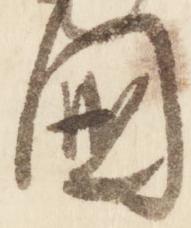
国